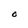
Character: O